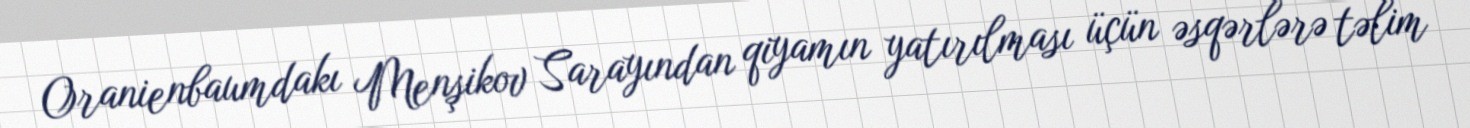
Oranienbaumdakı Menşikov Sarayından qiyamın yatırılması üçün əsqərlərə təlim